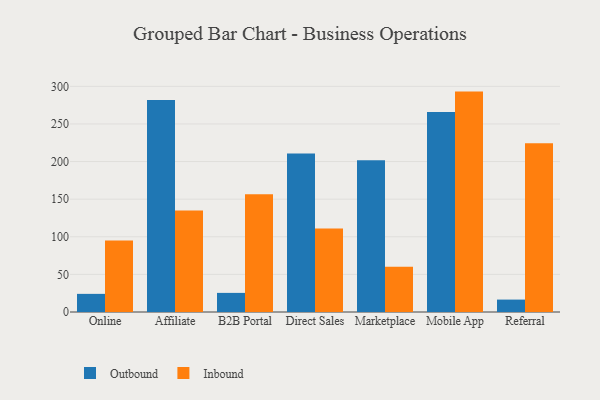
{"axis": {"x": "Channel", "y": "Customer Acquisition Cost (USD)"}, "legend": ["Inbound", "Outbound"], "data": [{"x": "Online", "y": 24.1, "type": "Outbound"}, {"x": "Online", "y": 95.1, "type": "Inbound"}, {"x": "Affiliate", "y": 281.7, "type": "Outbound"}, {"x": "Affiliate", "y": 134.8, "type": "Inbound"}, {"x": "B2B Portal", "y": 25.4, "type": "Outbound"}, {"x": "B2B Portal", "y": 156.7, "type": "Inbound"}, {"x": "Direct Sales", "y": 210.7, "type": "Outbound"}, {"x": "Direct Sales", "y": 111.1, "type": "Inbound"}, {"x": "Marketplace", "y": 201.9, "type": "Outbound"}, {"x": "Marketplace", "y": 60.0, "type": "Inbound"}, {"x": "Mobile App", "y": 265.8, "type": "Outbound"}, {"x": "Mobile App", "y": 293.0, "type": "Inbound"}, {"x": "Referral", "y": 16.5, "type": "Outbound"}, {"x": "Referral", "y": 224.5, "type": "Inbound"}]}